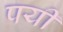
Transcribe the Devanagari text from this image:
पयी